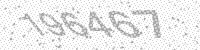
Solution: 196467